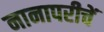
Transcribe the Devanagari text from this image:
नानापरीचें